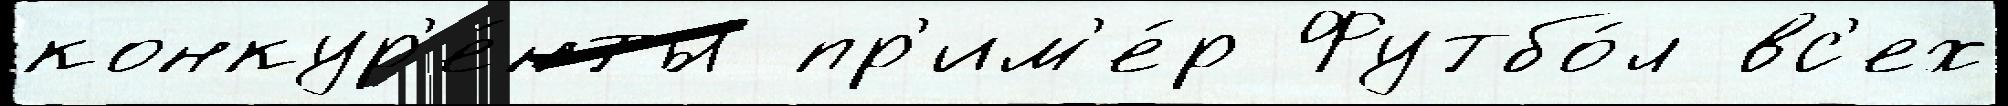
конкур'е́нты пр'им'е́р Футбо́л вс'ех